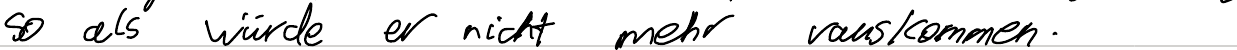
so als würde er nicht mehr rauskommen.